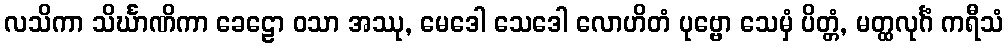
လသိကာ သိင်္ဃာဏိကာ ခေဠော ဝသာ အဿု, မေဒေါ သေဒေါ လောဟိတံ ပုဗ္ဗော သေမှံ ပိတ္တံ, မတ္ထလုင်္ဂံ ကရီသံ